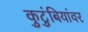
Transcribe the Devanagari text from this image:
कुटुंबियांवर